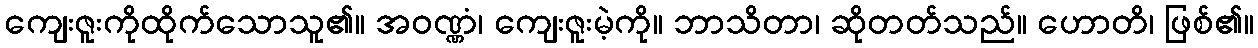
ကျေးဇူးကိုထိုက်သောသူ၏။ အဝဏ္ဏံ၊ ကျေးဇူးမဲ့ကို။ ဘာသိတာ၊ ဆိုတတ်သည်။ ဟောတိ၊ ဖြစ်၏။